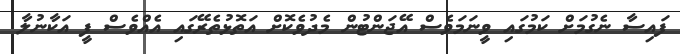
ފައިސާ ނެގުމަށް ކަމުގައި ވީނަމަވެސް އޭޖަންޓުން މެދުވެކޮށް އަތޮޅުތެރޭގައި އެއްވެސް ފީ އަކާނުލާ